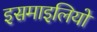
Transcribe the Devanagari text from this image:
इसमाइलियों